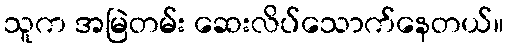
သူက အမြဲတမ်း ဆေးလိပ်သောက်နေတယ်။